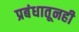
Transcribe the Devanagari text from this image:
प्रबंधातूनही